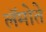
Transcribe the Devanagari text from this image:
लॅमोते